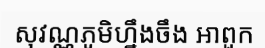
សុវណ្ណភូមិហ្នឹងចឹង អាពួក